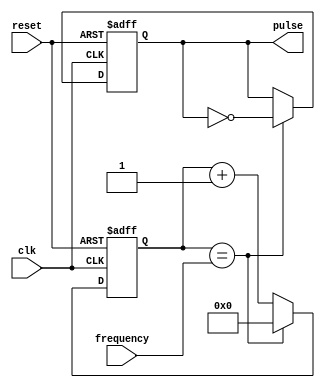
module variable_frequency_pulse_generator(
  input wire clk,              // External clock signal
  input wire reset,            // Reset signal
  input wire frequency,        // Control signal for setting pulse frequency
  output reg pulse             // Output pulse signal
);

reg [31:0] counter = 0;

always @ (posedge clk or posedge reset) begin
  if (reset) begin
    counter <= 0;
    pulse <= 0;
  end else begin
    if (counter == frequency) begin // Set frequency control here
      counter <= 0;
      pulse <= ~pulse;
    end else begin
      counter <= counter + 1;
    end
  end
end

endmodule